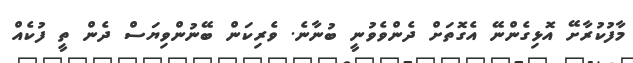
މާފުކުރާށޭ އޮޅިގެންނޭ އެގޮތަށް ދެންވެވުނީ ބުނާނެ. ވެރިކަން ބޭނުންވިޔަސް ދެން ތީ ފުކެއް